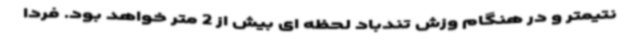
نتیمتر و در هنگام وزش تندباد لحظه ای بیش از 2 متر خواهد بود. فردا